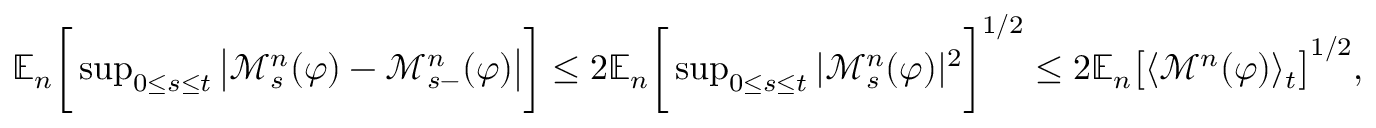
\begin{array} { r } { \mathbb { E } _ { n } \bigg [ \operatorname* { s u p } _ { 0 \le s \le t } \big | \mathcal { M } _ { s } ^ { n } ( \varphi ) - \mathcal { M } _ { s - } ^ { n } ( \varphi ) \big | \bigg ] \le 2 \mathbb { E } _ { n } \bigg [ \operatorname* { s u p } _ { 0 \le s \le t } | \mathcal { M } _ { s } ^ { n } ( \varphi ) | ^ { 2 } \bigg ] ^ { 1 / 2 } \le 2 \mathbb { E } _ { n } \big [ \langle \mathcal { M } ^ { n } ( \varphi ) \rangle _ { t } \big ] ^ { 1 / 2 } , } \end{array}